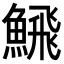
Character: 𩹉